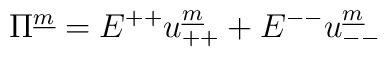
\Pi^{\underline m} =E^{++} u_{++}^{\underline m} +E^{--}u_{--}^{\underline m}